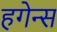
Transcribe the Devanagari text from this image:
हगेन्स